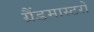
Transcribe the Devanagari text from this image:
ग्रैंडमास्टरों